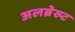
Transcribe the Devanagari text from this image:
अलब्रेख्ट